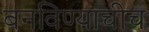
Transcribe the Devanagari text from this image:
बनविण्याचीच